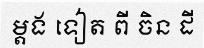
ម្តង ទៀត ពី ចិន ដី